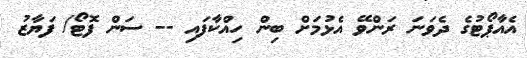
އެއާޕޯޓުގެ ދެވަނަ ރަންވޭ އެޅުމަށް ބިން ހިއްކާފައި -- ސަން ފޮޓޯ/ ފަޔާޒު